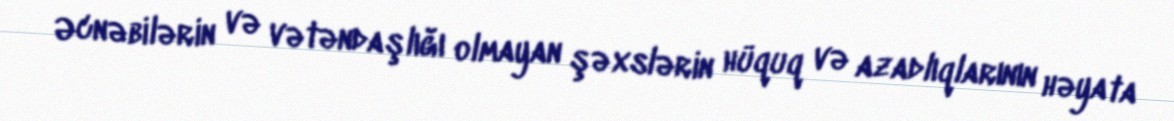
Əcnəbilərin və vətəndaşlığı olmayan şəxslərin hüquq və azadlıqlarının həyata